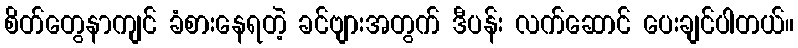
စိတ်တွေနာကျင် ခံစားနေရတဲ့ ခင်ဗျားအတွက် ဒီပန်း လက်ဆောင် ပေးချင်ပါတယ်။